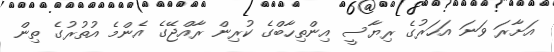
އަށާރަ ވަނަ އަހަރުގެ ރިޔާސީ އިންތިހާބްގެ ކުރިން ރާއްޖޭގެ އެންމެ އުތުރުގެ ތިން